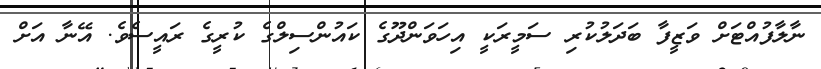
ނާލާފުއްޓަށް ވަޒީފާ ބަދަލުކުރި ސަމީރަކީ އިހަވަންދޫގެ ކައުންސިލްގެ ކުރީގެ ރައީސެވެ. އޭނާ އަށް